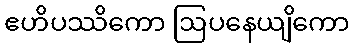
ဧဟိပဿိကော ဩပနေယျိကော